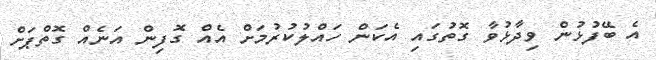
އެ ބޭފުޅުން ވިދާޅުވާ ގޮތުގައި އެކަން ހައްލުކުރުމަށް އެއް ގޮފިން އަނެއް ގޮތްޕަށް